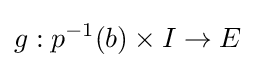
g:p^{-1}(b)\times I\to E